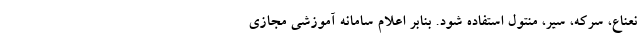
نعناع، سرکه، سیر، منتول استفاده شود. بنابر اعلام سامانه آموزشی مجازی